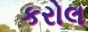
કરોલ